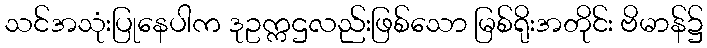
သင်အသုံးပြုနေပါက ဒုဥက္ကဌလည်းဖြစ်သော မြစ်ရိုးအတိုင်း ဗိမာန်၌